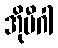
အိုမီဂါ